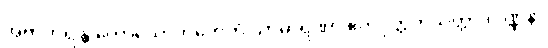
အဗာဟိရန္တိ ကောသောဟိတေတိ သာဓာရဏာ ဧကပုတ္တကသုတ္တာဒိဝဏ္ဏနာ